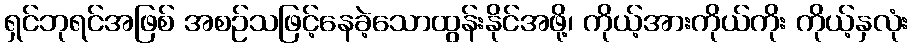
ရှင်ဘုရင်အဖြစ် အစဉ်သဖြင့်နေခဲ့သောထွန်းနိုင်အဖို့၊ ကိုယ့်အားကိုယ်ကိုး ကိုယ့်နှလုံး